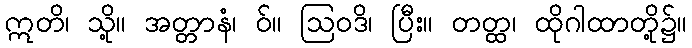
ဣတိ၊ သို့။ အတ္တာနံ၊ ဝ်။ ဩဝဒိ၊ ပြီး။ တတ္ထ၊ ထိုဂါထာတို့၌။